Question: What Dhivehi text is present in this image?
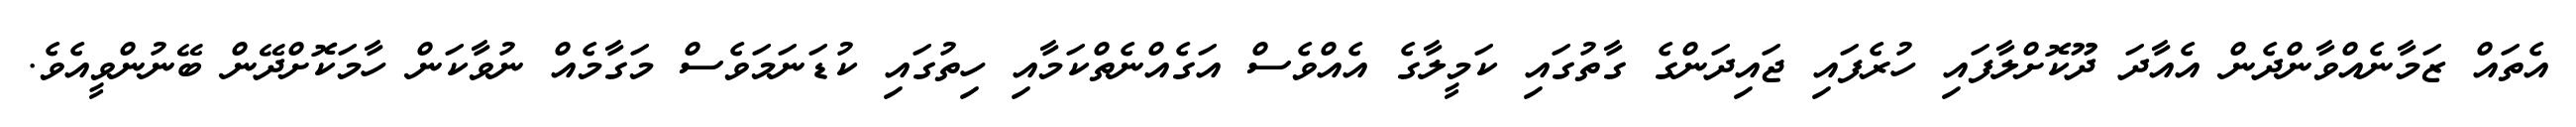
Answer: އެތައް ޒަމާނެއްވާންދެން އެއާދަ ދޫކޮށްލާފައި ހުރެފައި ޖައިދަންގެ ގާތުގައި ކަމީލާގެ އެއްވެސް އަގެއްނެތްކަމާއި ހިތުގައި ކުޑަނަމަވެސް މަގާމެއް ނުވާކަން ހާމަކޮށްދޭން ބޭނުންވީއެވެ.